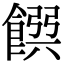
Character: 𩜹